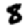
Digit: 8